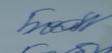
Signature authenticity: genuine